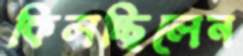
কিলচ্ছিলেন